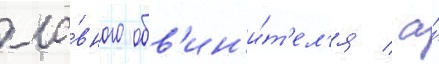
гла́вного обв'ин'и́т'ел'я / а́